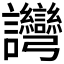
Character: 𬣗